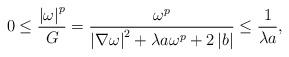
LaTeX: \begin{align*}0 \leq \frac{\left\vert\omega\right\vert^{p}}{G}=\frac{\omega^{p}}{\left\vert \nabla\omega \right\vert^{2}+\lambda a \omega^{p}+2\left\vert b\right\vert} \leq \frac{1}{\lambda a},\end{align*}